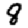
Digit: 8